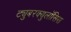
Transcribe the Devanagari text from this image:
ट्युुबरक्युलॉसिस